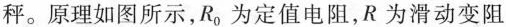
秤。原理如图所示，R_{0}为定值电阻，R为滑动变阻